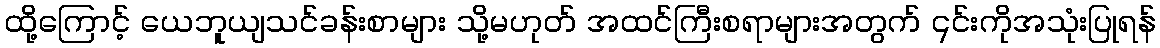
ထို့ကြောင့် ယေဘူယျသင်ခန်းစာများ သို့မဟုတ် အထင်ကြီးစရာများအတွက် ၎င်းကိုအသုံးပြုရန်